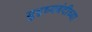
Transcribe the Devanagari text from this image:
युद्ध्यबंदीच्या